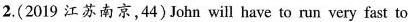
2. (2019 江苏南京,44)John will have to run very fast to